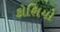
કોશિયો